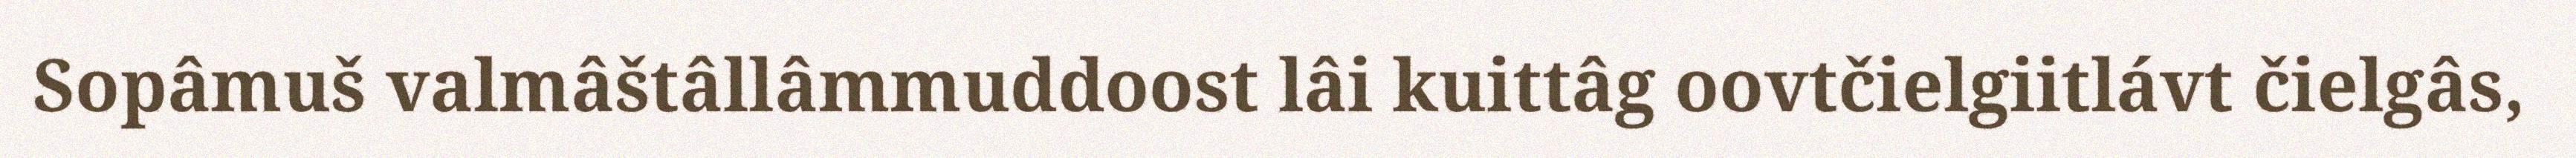
Sopâmuš valmâštâllâmmuddoost lâi kuittâg oovtčielgiitlávt čielgâs,